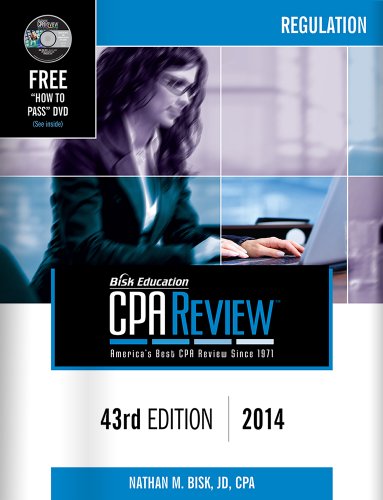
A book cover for Bisk CPA Review: Regulation, 43rd Edition, 2014 (Comprehensive CPA Exam Review Regulation) (Bisk Comprehensive CPA Review) (Cpa Comprehensive Exam Review. Regulation); Nathan M. Bisk; Test Preparation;